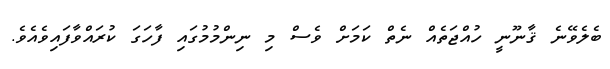
ބެލެވޭނެ ޤާނޫނީ ހުއްޖަތެއް ނެތް ކަމަށް ވެސް މި ނިންމުމުގައި ފާހަގަ ކުރައްވާފައިވެއެވެ.